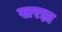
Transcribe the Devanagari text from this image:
खरड़ा